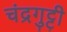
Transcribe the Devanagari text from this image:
चंद्रगुट्टी